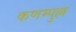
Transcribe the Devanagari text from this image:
कणम्पुल्ल